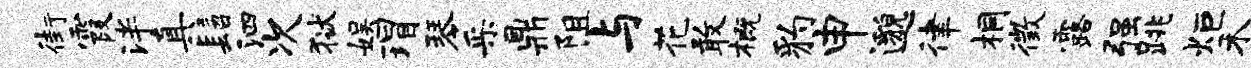
街霞泮真髫泗次狱娱瑁琴采鼎阻与花敢概豹申邈律桐徵露强跳炬禾